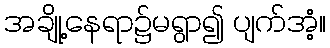
အချို့နေရာ၌မရွာ၍ ပျက်အံ့။